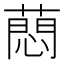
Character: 蕄